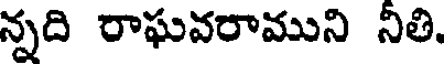
న్నది రాఘవరాముని నీతి.